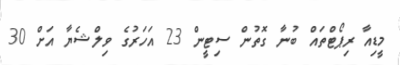
މީޑިއާ ރިޕޯޓްތައް ބުނާ ގޮތުން ސިޓީން 23 އަހަރުގެ ވިލްޝެޔާ އަށް 30